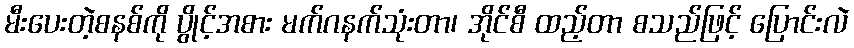
မီးပေးတဲ့စနစ်ကို ပွိုင့်အစား မက်ဂနက်သုံးတာ၊ အိုင်စီ ထည့်တာ စသည်ဖြင့် ပြောင်းလဲ